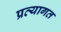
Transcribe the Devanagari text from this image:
प्रत्यागत